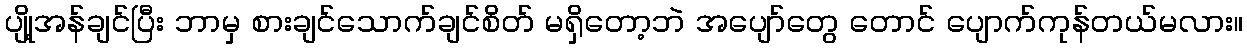
ပျို့အန်ချင်ပြီး ဘာမှ စားချင်သောက်ချင်စိတ် မရှိတော့ဘဲ အပျော်တွေ တောင် ပျောက်ကုန်တယ်မလား။